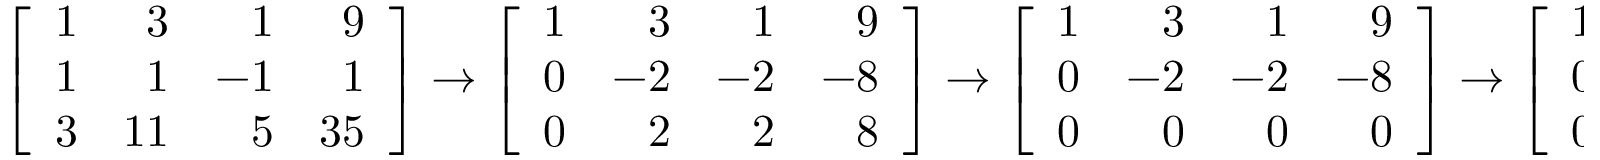
\left[ { \begin{array} { r r r r } { 1 } & { 3 } & { 1 } & { 9 } \\ { 1 } & { 1 } & { - 1 } & { 1 } \\ { 3 } & { 1 1 } & { 5 } & { 3 5 } \end{array} } \right] \to \left[ { \begin{array} { r r r r } { 1 } & { 3 } & { 1 } & { 9 } \\ { 0 } & { - 2 } & { - 2 } & { - 8 } \\ { 0 } & { 2 } & { 2 } & { 8 } \end{array} } \right] \to \left[ { \begin{array} { r r r r } { 1 } & { 3 } & { 1 } & { 9 } \\ { 0 } & { - 2 } & { - 2 } & { - 8 } \\ { 0 } & { 0 } & { 0 } & { 0 } \end{array} } \right] \to \left[ { \begin{array} { r r r r } { 1 } & { 0 } & { - 2 } & { - 3 } \\ { 0 } & { 1 } & { 1 } & { 4 } \\ { 0 } & { 0 } & { 0 } & { 0 } \end{array} } \right]